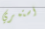
استمري